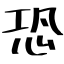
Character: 恐